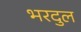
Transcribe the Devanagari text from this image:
भरदुल